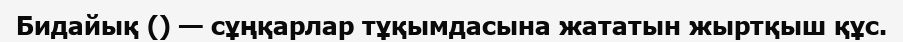
Бидайық () — сұңқарлар тұқымдасына жататын жыртқыш құс.